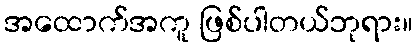
အထောက်အကူ ဖြစ်ပါတယ်ဘုရား။